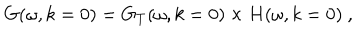
G ( \omega , k = 0 ) = G _ { T } ( \omega , k = 0 ) \times H ( \omega , k = 0 ) \ ,